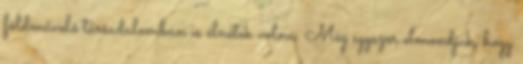
földművelő társadalomban is élnétek volna. Még egyszer elmondjuk, hogy